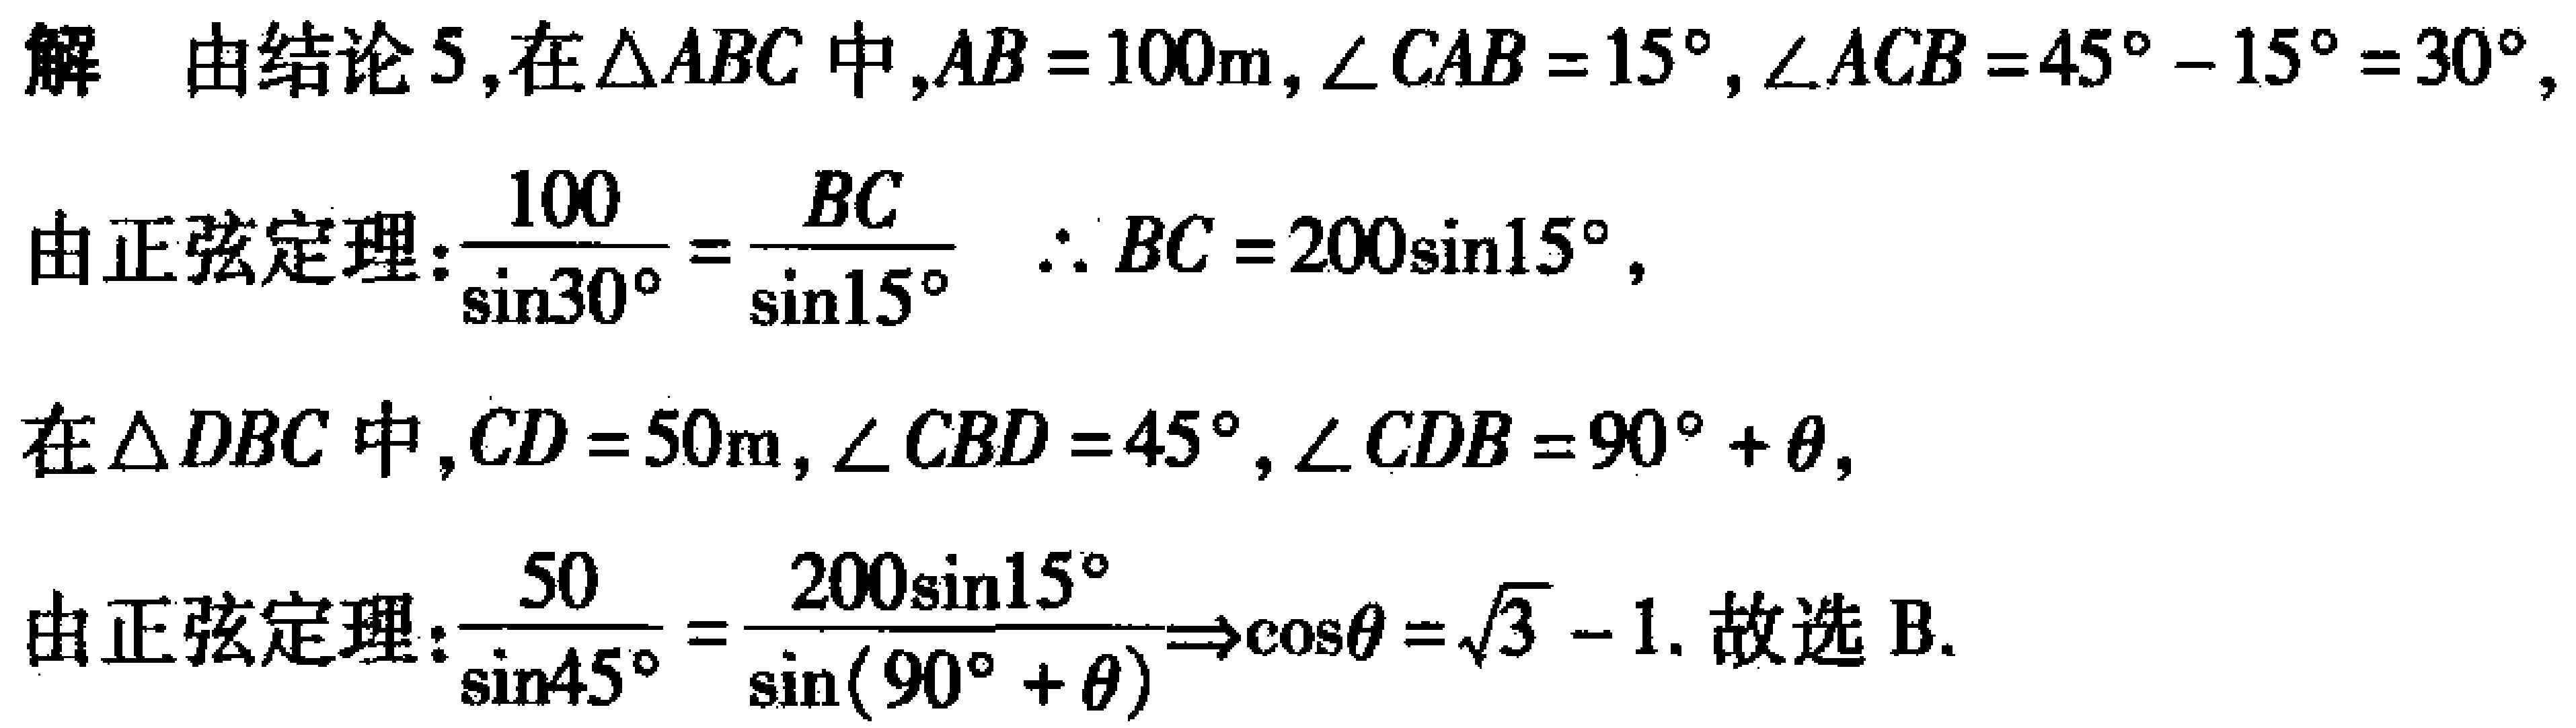
解 由结论5,在\(\triangle ABC\)中,\(AB = 100m\),\(\angle CAB = 15^{\circ}\),\(\angle ACB = 45^{\circ} - 15^{\circ} = 30^{\circ}\),
由正弦定理:\(\frac{100}{\sin30^{\circ}} = \frac{BC}{\sin15^{\circ}}\) \(\therefore BC = 200\sin15^{\circ}\),

在\(\triangle DBC\)中,\(CD = 50m\),\(\angle CBD = 45^{\circ}\),\(\angle CDB = 90^{\circ} + \theta\),
由正弦定理:\(\frac{50}{\sin45^{\circ}} = \frac{200\sin15^{\circ}}{\sin(90^{\circ} + \theta)}\Rightarrow\cos\theta = \sqrt{3} - 1\). 故选 B.